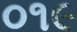
૦૧૯